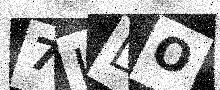
Text: 7IDO